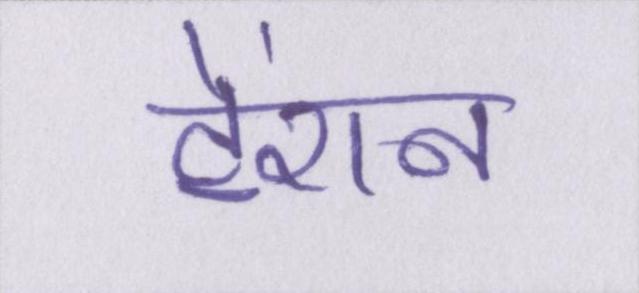
टेंशन